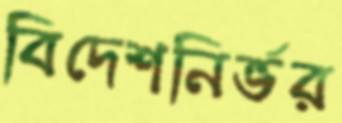
বিদেশনির্ভর